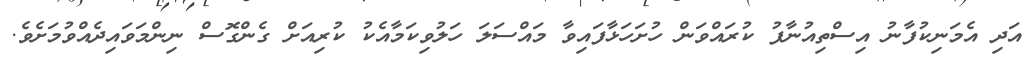
އަދި އެމަނިކުފާނު އިސްތިއުނާފު ކުރައްވަން ހުށަހަޅާފައިވާ މައްސަލަ ހަލުވިކަމާއެކު ކުރިއަށް ގެންގޮސް ނިންމަވައިދެއްވުމަށެވެ.